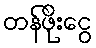
တန်ဖိုးငွေ